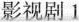
影视剧1